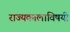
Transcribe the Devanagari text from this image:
राज्यकालाविषयी